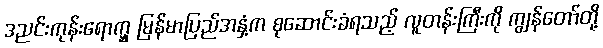
ဒညင်းကုန်းရောက္မှ မြန်မာပြည်အနှံ့က စုဆောင်းခံရသည့် လူတန်းကြီးကို ကျွန်တော်တို့